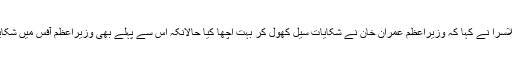
نجی خبر رساں ادارے کے مطابق رؤف کلاسرا نے کہا کہ وزیراعظم عمران خان نے شکایات سیل کھول کر بہت اچھا کیا حالانکہ اس سے پہلے بھی وزیراعظم آفس میں شکایات سیل ہوتا تھا لیکن وہ اتنا فعال نہیں تھا۔